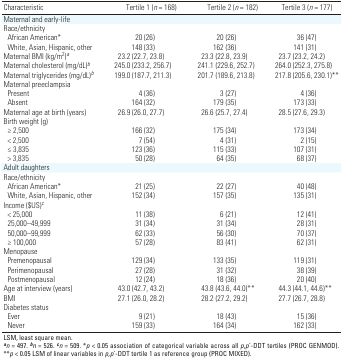
<table><thead><tr><td><b>Characteristic</b></td><td><b>Tertile 1 (n = 168)</b></td><td><b>Tertile 2 (n = 182)</b></td><td><b>Tertile 3 (n = 177)</b></td></tr></thead><tbody><tr><td>Maternal and early-life</td></tr><tr><td>Race/ethnicity</td></tr><tr><td>African American*</td><td>20 (26)</td><td>20 (26)</td><td>36 (47)</td></tr><tr><td>White, Asian, Hispanic, other</td><td>148 (33)</td><td>162 (36)</td><td>141 (31)</td></tr><tr><td>Maternal BMI (kg/m2)a</td><td>23.2 (22.7, 23.8)</td><td>23.3 (22.8, 23.9)</td><td>23.7 (23.2, 24.2)</td></tr><tr><td>Maternal cholesterol (mg/dL)b</td><td>245.0 (233.2, 256.7)</td><td>241.1 (229.6, 252.7)</td><td>264.0 (252.3, 275.8)</td></tr><tr><td>Maternal triglycerides (mg/dL)b</td><td>199.0 (187.7, 211.3)</td><td>201.7 (189.6, 213.8)</td><td>217.8 (205.6, 230.1)**</td></tr><tr><td>Maternal preeclampsia</td></tr><tr><td>Present</td><td>4 (36)</td><td>3 (27)</td><td>4 (36)</td></tr><tr><td>Absent</td><td>164 (32)</td><td>179 (35)</td><td>173 (33)</td></tr><tr><td>Maternal age at birth (years)</td><td>26.9 (26.0, 27.7)</td><td>26.6 (25.7, 27.4)</td><td>28.5 (27.6, 29.3)</td></tr><tr><td colspan="4">Birth weight (g)</td></tr><tr><td>≥ 2,500 </td><td>166 (32)</td><td>175 (34)</td><td>173 (34)</td></tr><tr><td>&lt; 2,500 </td><td>7 (54)</td><td>4 (31)</td><td>2 (15)</td></tr><tr><td>≤ 3,835 </td><td>123 (36)</td><td>115 (33)</td><td>107 (31)</td></tr><tr><td>&gt; 3,835 </td><td>50 (28)</td><td>64 (35)</td><td>68 (37)</td></tr><tr><td>Adult daughters</td></tr><tr><td>Race/ethnicity</td></tr><tr><td>African American*</td><td>21 (25)</td><td>22 (27)</td><td>40 (48)</td></tr><tr><td>White, Asian, Hispanic, other</td><td>152 (34)</td><td>157 (35)</td><td>135 (31)</td></tr><tr><td>Income ($US)c</td></tr><tr><td>&lt; 25,000</td><td>11 (38)</td><td>6 (21)</td><td>12 (41)</td></tr><tr><td>25,000–49,999</td><td>31 (34)</td><td>31 (34)</td><td>28 (31)</td></tr><tr><td>50,000–99,999</td><td>62 (33)</td><td>56 (30)</td><td>70 (37)</td></tr><tr><td>≥ 100,000</td><td>57 (28)</td><td>83 (41)</td><td>62 (31)</td></tr><tr><td>Menopause</td></tr><tr><td>Premenopausal</td><td>129 (34)</td><td>133 (35)</td><td>119 (31)</td></tr><tr><td>Perimenopausal</td><td>27 (28)</td><td>31 (32)</td><td>38 (39)</td></tr><tr><td>Postmenopausal</td><td>12 (24)</td><td>18 (36)</td><td>20 (40)</td></tr><tr><td>Age at interview (years)</td><td>43.0 (42.7, 43.2)</td><td>43.8 (43.6, 44.0)**</td><td>44.3 (44.1, 44.6)**</td></tr><tr><td>BMI</td><td>27.1 (26.0, 28.2)</td><td>28.2 (27.2, 29.2)</td><td>27.7 (26.7, 28.8)</td></tr><tr><td>Diabetes status</td></tr><tr><td>Ever</td><td>9 (21)</td><td>18 (43)</td><td>15 (36)</td></tr><tr><td>Never</td><td>159 (33)</td><td>164 (34)</td><td>162 (33)</td></tr><tr><td colspan="4">LSM, least square mean. an = 497. bn = 526. cn = 509. *p&lt; 0.05 association of categorical variable across all p,p ́-DDTtertiles (PROC GENMOD). **p &lt; 0.05 LSM of linear variables inp,p ́-DDT tertile 1 as reference group (PROC MIXED).</td></tr></tbody></table>